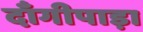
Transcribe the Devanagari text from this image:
दाँगीपाड़ा